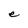
Character: e